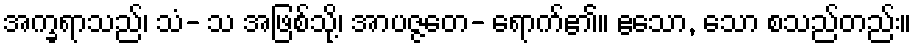
အက္ခရာသည်၊ သံ- သ အဖြစ်သို့၊ အာပဇ္ဇတေ- ရောက်၏။ ဧသော, သော စသည်တည်း။